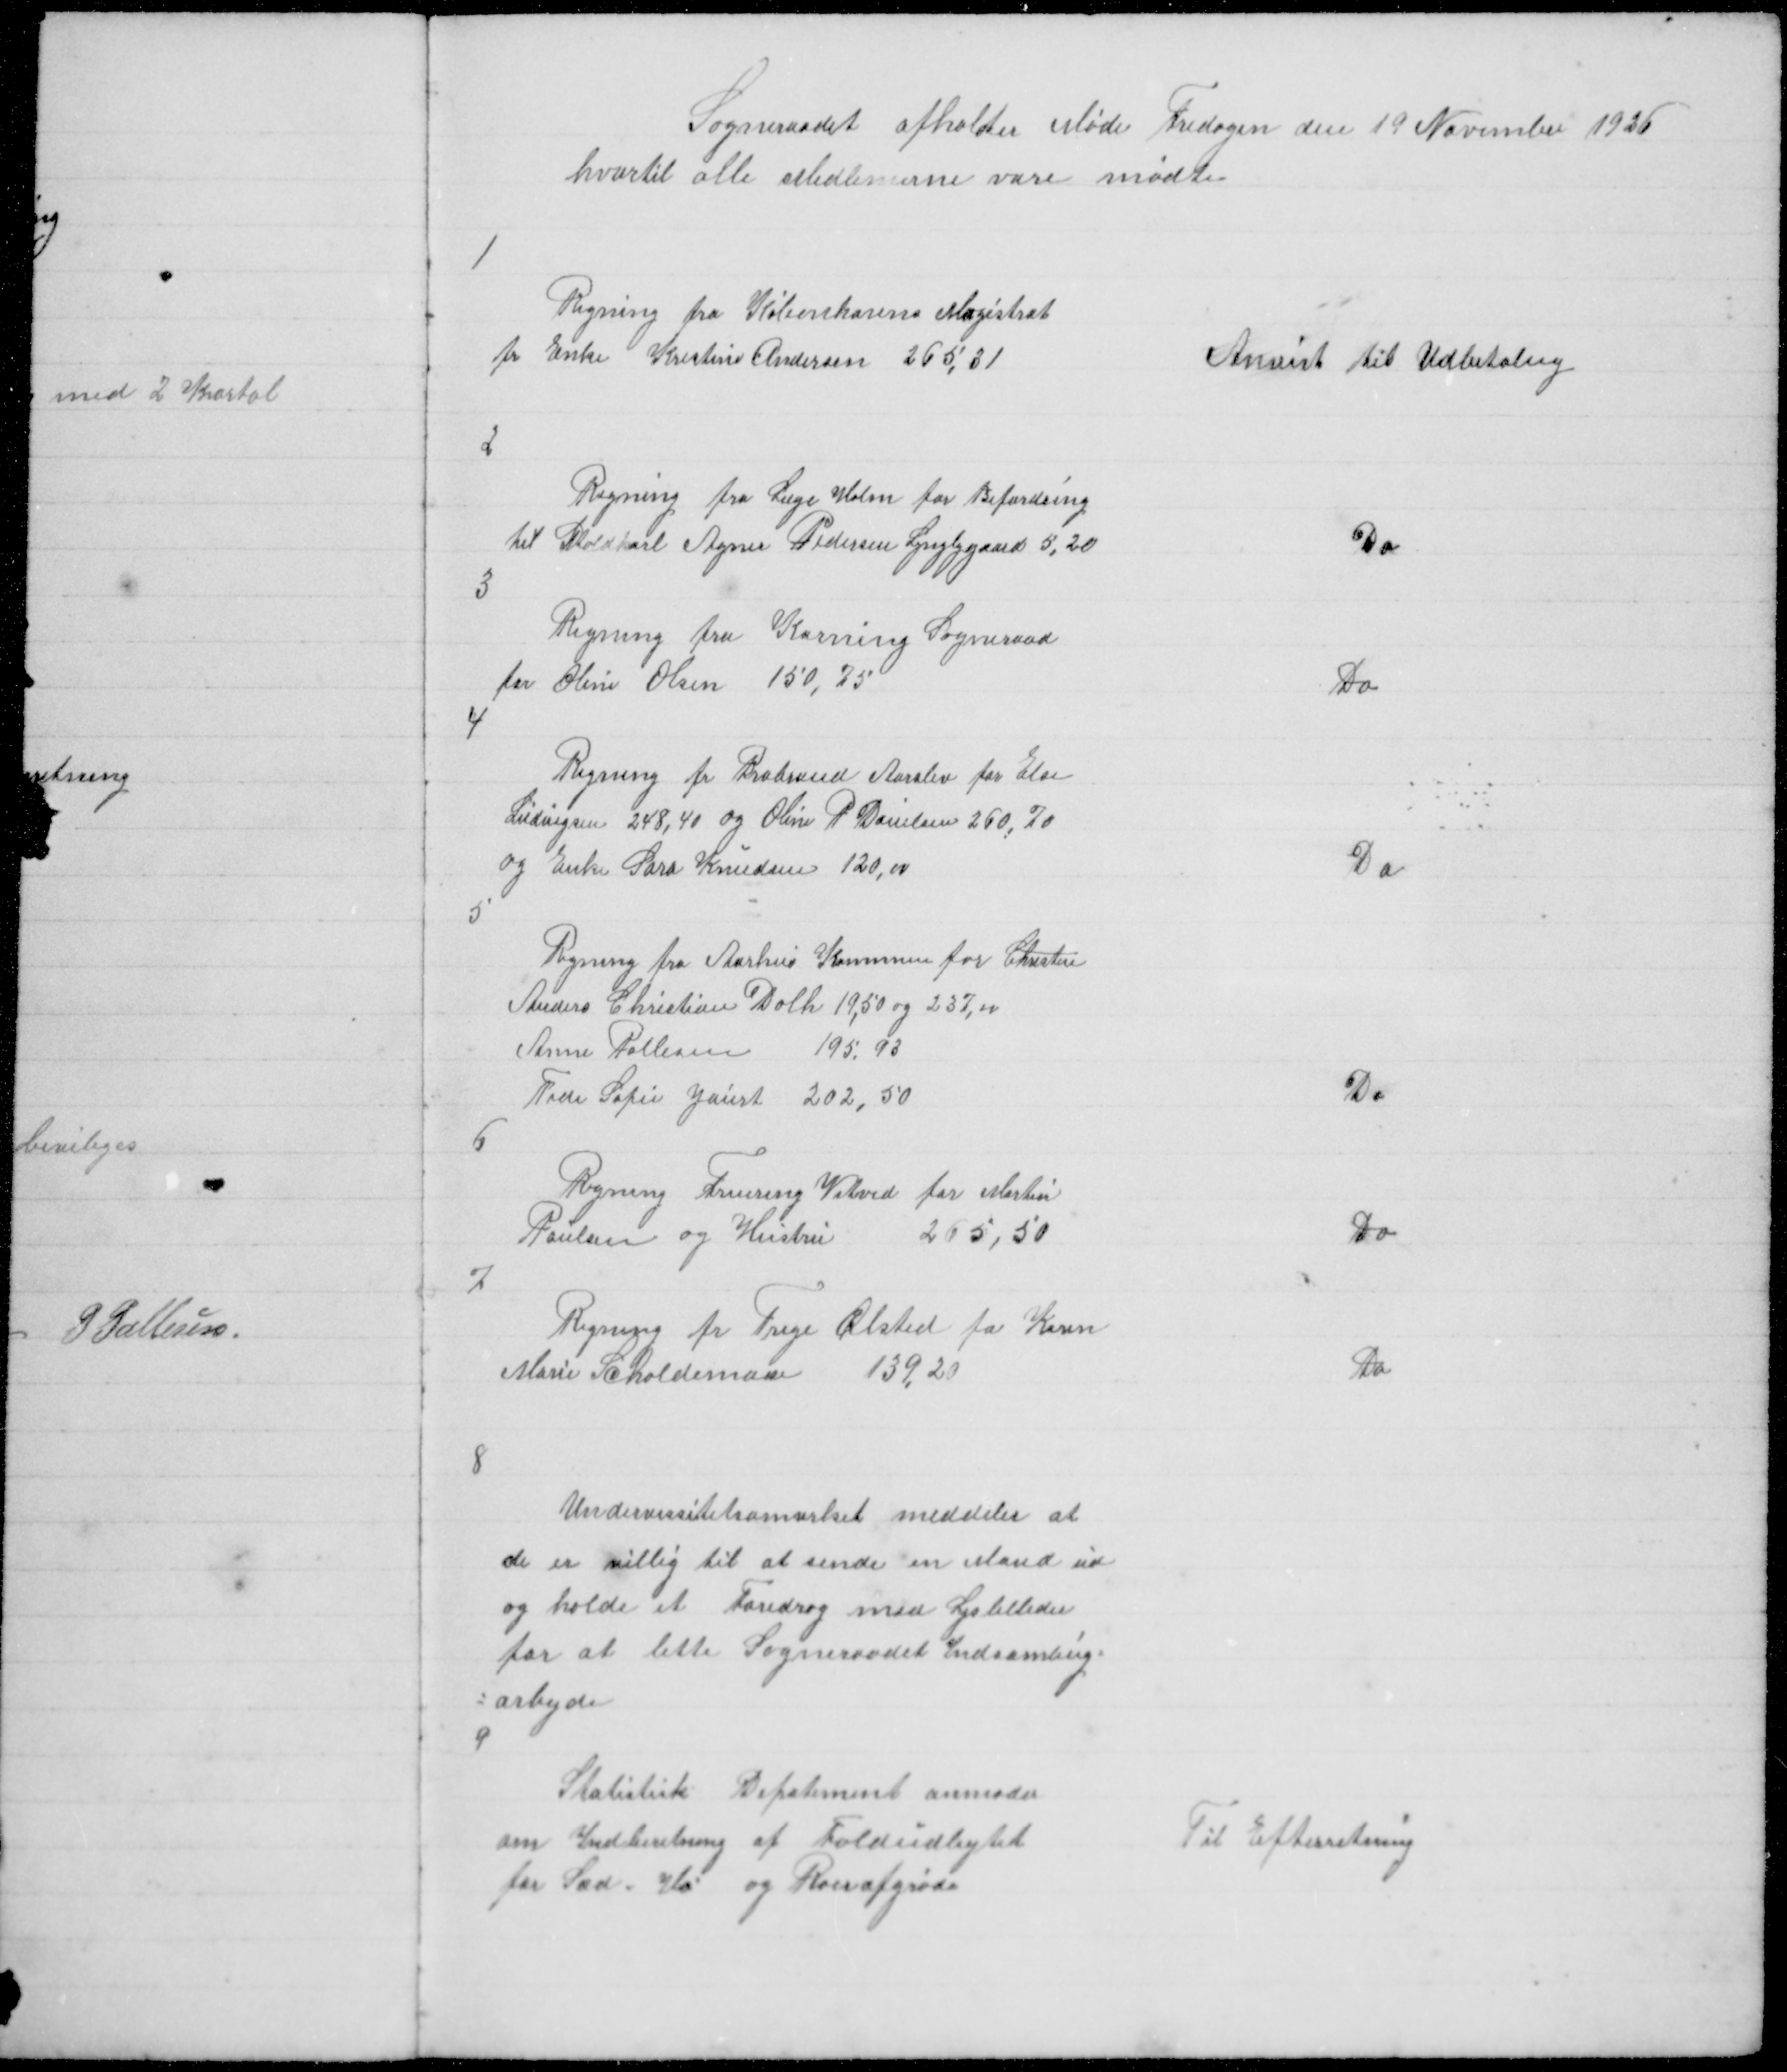
Transskription:
Sogneraadet afholder Møde Fredagen den 19 November 1926
hvortil alle Medlemerne vare mødte

1

Regning fra Københavns Magistrat
for Enke Kristine Andersen 265,31

Anvist til Udbetaling

2

Regning fra Læge Holm for Befordring
til Staldkarl Agner Pedersen Lyngbygaard 5,20

Do

3

Regening fra Korning Sogneraad
for Oline Olsen 150,75

Do

4

Regning fr Brabrand Aarslev for Else
Ludvigsen 248,40 Oline P Danielsen 260,70
og Enke Sara Knudsen 120,00

Do

5

Regning fra Aarhus Kommune for Christin
Anders Christian Dahl 19,50 og 237,00
Anne Pallesen
195,93
Tide Sofie Jaurt 202,50

Do

6

Regning Fruering Vitved for Martin
Poulsen og Hustru
265,50

Do

7

Regning fr Trige Ølsted for Karen
Marie Schaldemose
139,20

Do

8

Undervessitetsamvrket meddeler at
de er villig til at sende en Mand ud
og holde Foredrag med Lysblleder
for at lette Sogneraadet Indsamling =
= arbejde
9

Statistisk Departement anmoder
om Indberetning af Foldudbytet
for Sæd, Hø og Roerafgrøde

Til Efterretning